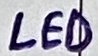
Text: LED